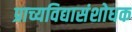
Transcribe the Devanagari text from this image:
प्राच्यविद्यासंशोधक